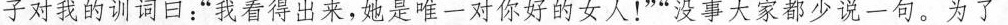
子对我训词日；”我看得出来。她是唯一对你好的女人！””没事大家都少说一句。为了